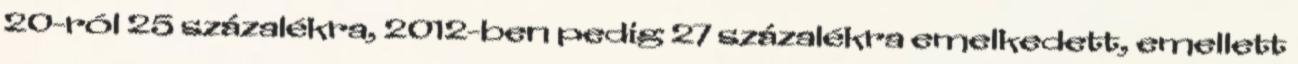
20-ról 25 százalékra, 2012-ben pedig 27 százalékra emelkedett, emellett